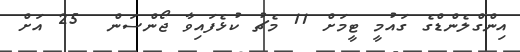
އިންގްލެންޑްގެ ގައުމީ ޓީމަށް 11 މެޗު ކުޅެފައިވާ ޖޯންސަން  25 އަށް